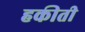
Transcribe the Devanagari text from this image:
हकीती